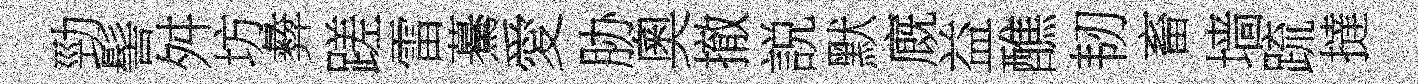
勁髻舛坊彜蹉雷驀愛胁奧撤説默廐益醮韧畜墙䟽撻